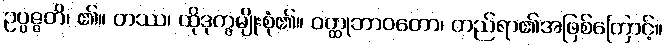
ဥပ္ပဇ္ဇတိ၊ ၏။ တဿ၊ ထိုဒုက္ခမျိုးစုံ၏။ ဝတ္ထုဘာဝတော၊ တည်ရာ၏အဖြစ်ကြောင့်။